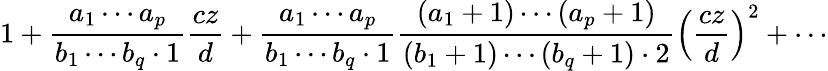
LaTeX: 1+{\frac{a_{1}\cdots a_{p}}{b_{1}\cdots b_{q}\cdot 1}}{\frac{cz}{d}}+{\frac{a_{1}\cdots a_{p}}{b_{1}\cdots b_{q}\cdot 1}}{\frac{(a_{1}+1)\cdots(a_{p}+1)}{(b_{1}+1)\cdots(b_{q}+1)\cdot 2}}\left({\frac{cz}{d}}\right)^{2}+\cdots